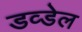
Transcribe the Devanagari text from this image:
डव्डेल